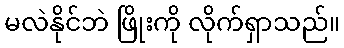
မလဲနိုင်ဘဲ ဖြိုးကို လိုက်ရှာသည်။